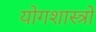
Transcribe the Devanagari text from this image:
योगशास्त्रों